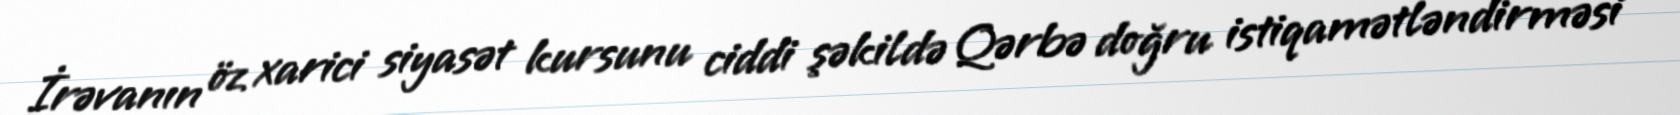
İrəvanın öz xarici siyasət kursunu ciddi şəkildə Qərbə doğru istiqamətləndirməsi